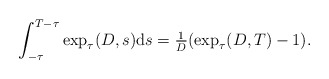
\begin{align*} \int_{-\tau}^{T - \tau} \exp_{\tau}(D, s) \mathrm{d}s = \tfrac{1}{D} (\exp_{\tau}(D, T) - 1). \end{align*}